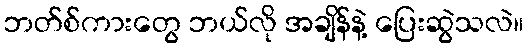
ဘတ်စ်ကားတွေ ဘယ်လို အချိန်နဲ့ ပြေးဆွဲသလဲ။